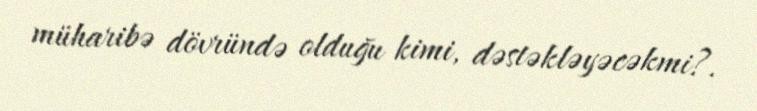
müharibə dövründə olduğu kimi, dəstəkləyəcəkmi?.